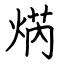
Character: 焫